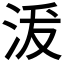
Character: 𱦗